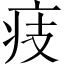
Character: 㽻